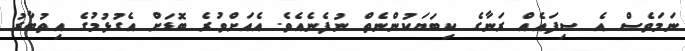
ނަމަވެސް އެ ސިފައެއް ރަނާގެ ކިބަޔަކުންނެތް ނުފެނެއެވެ. އެއަށްވުރެ ބޮޑަށް އެގުޅުމުގެ އިތުބާރު